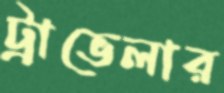
ট্রাভেলার